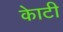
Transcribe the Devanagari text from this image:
काेटी